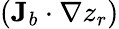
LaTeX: ({\mathbf J}_{b}\cdot\nabla z_{r})